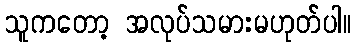
သူကတော့ အလုပ်သမားမဟုတ်ပါ။